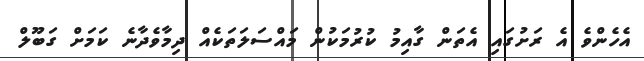
އެހެންވެ އެ ރަށުގައި އެތަން ގާއިމު ކުރުމަކުން މައްސަލަތަކެއް ދިމާވެދާނެ ކަމަށް ގަބޫލް